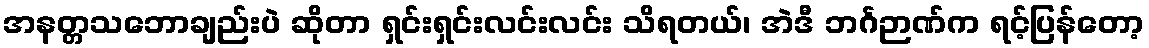
အနတ္တသဘောချည်းပဲ ဆိုတာ ရှင်းရှင်းလင်းလင်း သိရတယ်၊ အဲဒီ ဘင်္ဂဉာဏ်က ရင့်ပြန်တော့